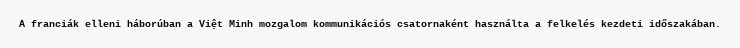
A franciák elleni háborúban a Việt Minh mozgalom kommunikációs csatornaként használta a felkelés kezdeti időszakában.